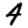
Digit: 4